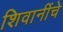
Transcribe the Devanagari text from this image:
शिवानींचे